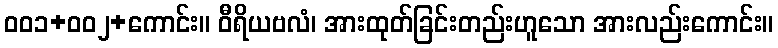
ဝဝ၁+ဝဝ၂+ကောင်း။ ဝီရိယဗလံ၊ အားထုတ်ခြင်းတည်းဟူသော အားလည်းကောင်း။